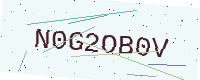
Text: N0G2OB0V